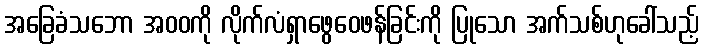
အခြေခံသဘော အဝဝကို လိုက်လံရှာဖွေဝေဖန်ခြင်းကို ပြုသော အက်သစ်ဟုခေါ်သည့်